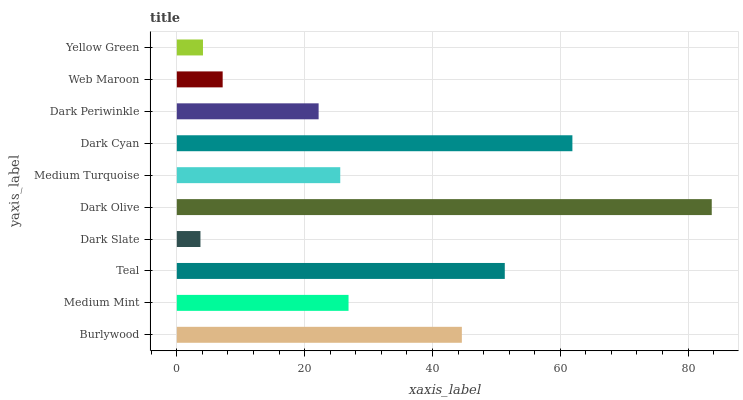
| yaxis_label | bars |
 | --- | --- |
 | Burlywood | 44.6 |
 | Medium Mint | 26.9 |
 | Teal | 51.3 |
 | Dark Slate | 3.7 |
 | Dark Olive | 83.7 |
 | Medium Turquoise | 25.6 |
 | Dark Cyan | 61.9 |
 | Dark Periwinkle | 22.2 |
 | Web Maroon | 7.17 |
 | Yellow Green | 4.09 |